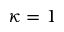
\kappa = 1